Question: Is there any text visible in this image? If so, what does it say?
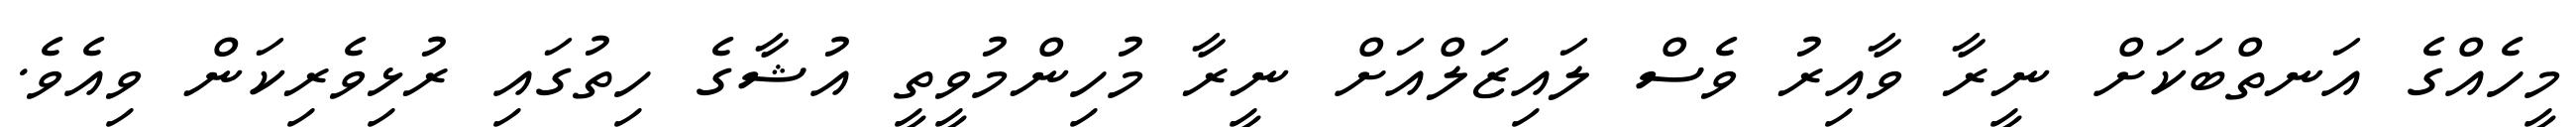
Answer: މީހެއްގެ އަނތްބަކަށް ނީރާ ވާއިރު ވެސް ލައިޒަލްއަށް ނީރާ މުހިންމުވީތީ އުޝާގެ ހިތުގައި ރުޅިވެރިކަން ވިއެވެ.